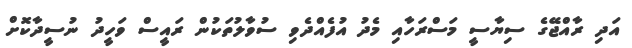
އަދި ރާއްޖޭގެ ސިޔާސީ މަސްރަހާއި މެދު އުފެއްދެވި ސުވާލުތަކުން ރައީސް ވަހީދު ނުސީދާކޮށް